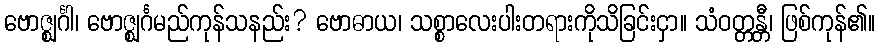
ဗောဇ္ဈင်္ဂါ၊ ဗောဇ္ဈင်္ဂမည်ကုန်သနည်း? ဗောဓာယ၊ သစ္စာလေးပါးတရားကိုသိခြင်းငှာ။ သံဝတ္တန္တီ၊ ဖြစ်ကုန်၏။